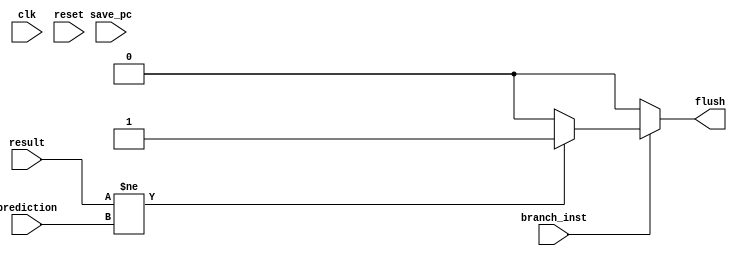
`timescale 1ns/1ns

module flusher#(
		parameter WIDTH=1
		)(
		  input 	    clk,
		  input 	    reset,
		  input 	    branch_inst,
		  input 	    result,
		  input 	    prediction,
		  input [WIDTH-1:0] save_pc,
		  output reg 	    flush
		  );

   reg 				    check;


   /*
    * always @(posedge clk)
     if (reset)
       flush <= 0;
	else if (branch_inst)
          begin
	     if(result != prediction)
	       flush <= 1;
	  end
	else
	  flush <= 0;
    */

   always @(*)
     begin
     flush = 0;
     if (branch_inst)
          begin
	     if(result != prediction)
	       flush = 1;
	  end
     end
   
   

endmodule // flush